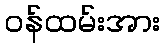
ဝန်ထမ်းအား